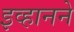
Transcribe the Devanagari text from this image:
इव्हानने